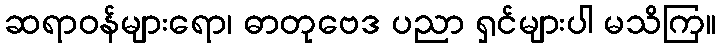
ဆရာဝန်များရော၊ ဓာတုဗေဒ ပညာ ရှင်များပါ မသိကြ။